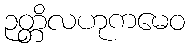
ဉတ္တိလဟုကမေဝ